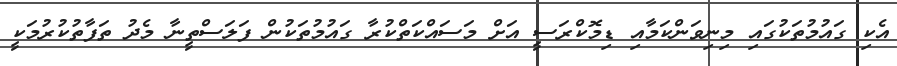
އެކި ގައުމުތަކުގައި މިނިވަންކަމާއި ޑިމޮކްރަސީ އަށް މަސައްކަތްކުރާ ގައުމުތަކުން ފަލަސްތީނާ މެދު ތަފާތުކުރުމަކީ